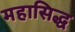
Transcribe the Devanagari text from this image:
महासिद्ध